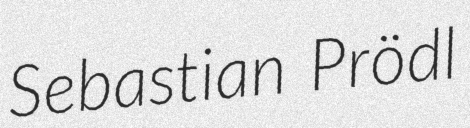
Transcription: Sebastian Prödl